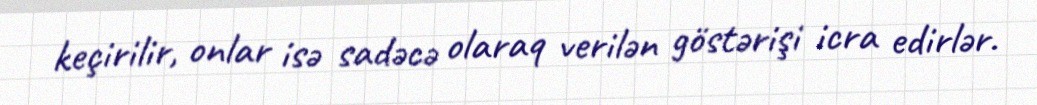
keçirilir, onlar isə sadəcə olaraq verilən göstərişi icra edirlər.